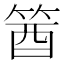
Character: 𥭛